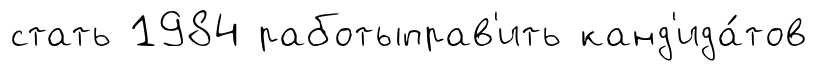
стать 1984 работыправ'ить канд'ида́тов